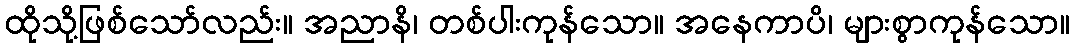
ထိုသို့ဖြစ်သော်လည်း။ အညာနိ၊ တစ်ပါးကုန်သော။ အနေကာပိ၊ များစွာကုန်သော။